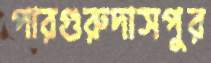
পারগুরুদাসপুর